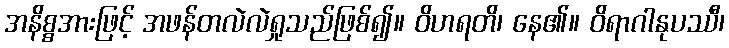
အနိစ္စအားဖြင့် အဖန်တလဲလဲရှုသည်ဖြစ်၍။ ဝိဟရတိ၊ နေ၏။ ဝိရာဂါနုပဿီ၊